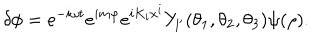
\delta \phi = e ^ { - i \omega t } e ^ { i m \varphi } e ^ { i K _ { i } x ^ { i } } Y _ { l ^ { \prime } } ( \theta _ { 1 } , \theta _ { 2 } , \theta _ { 3 } ) \psi ( \rho ) .